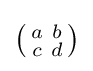
{\bigl (}{\begin{smallmatrix}a&b\\c&d\end{smallmatrix}}{\bigr )}